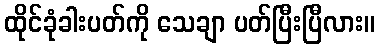
ထိုင်ခုံခါးပတ်ကို သေချာ ပတ်ပြီးပြီလား။